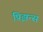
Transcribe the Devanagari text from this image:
प्रिझन्स